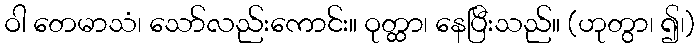
ဝါ တေမာသံ၊ သော်လည်းကောင်း။ ဝုတ္ထာ၊ နေပြီးသည်။ (ဟုတွာ၊ ၍၊)